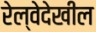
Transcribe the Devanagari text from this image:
रेल्वेदेखील